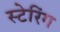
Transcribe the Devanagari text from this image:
स्टेरिंग